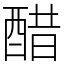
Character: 醋